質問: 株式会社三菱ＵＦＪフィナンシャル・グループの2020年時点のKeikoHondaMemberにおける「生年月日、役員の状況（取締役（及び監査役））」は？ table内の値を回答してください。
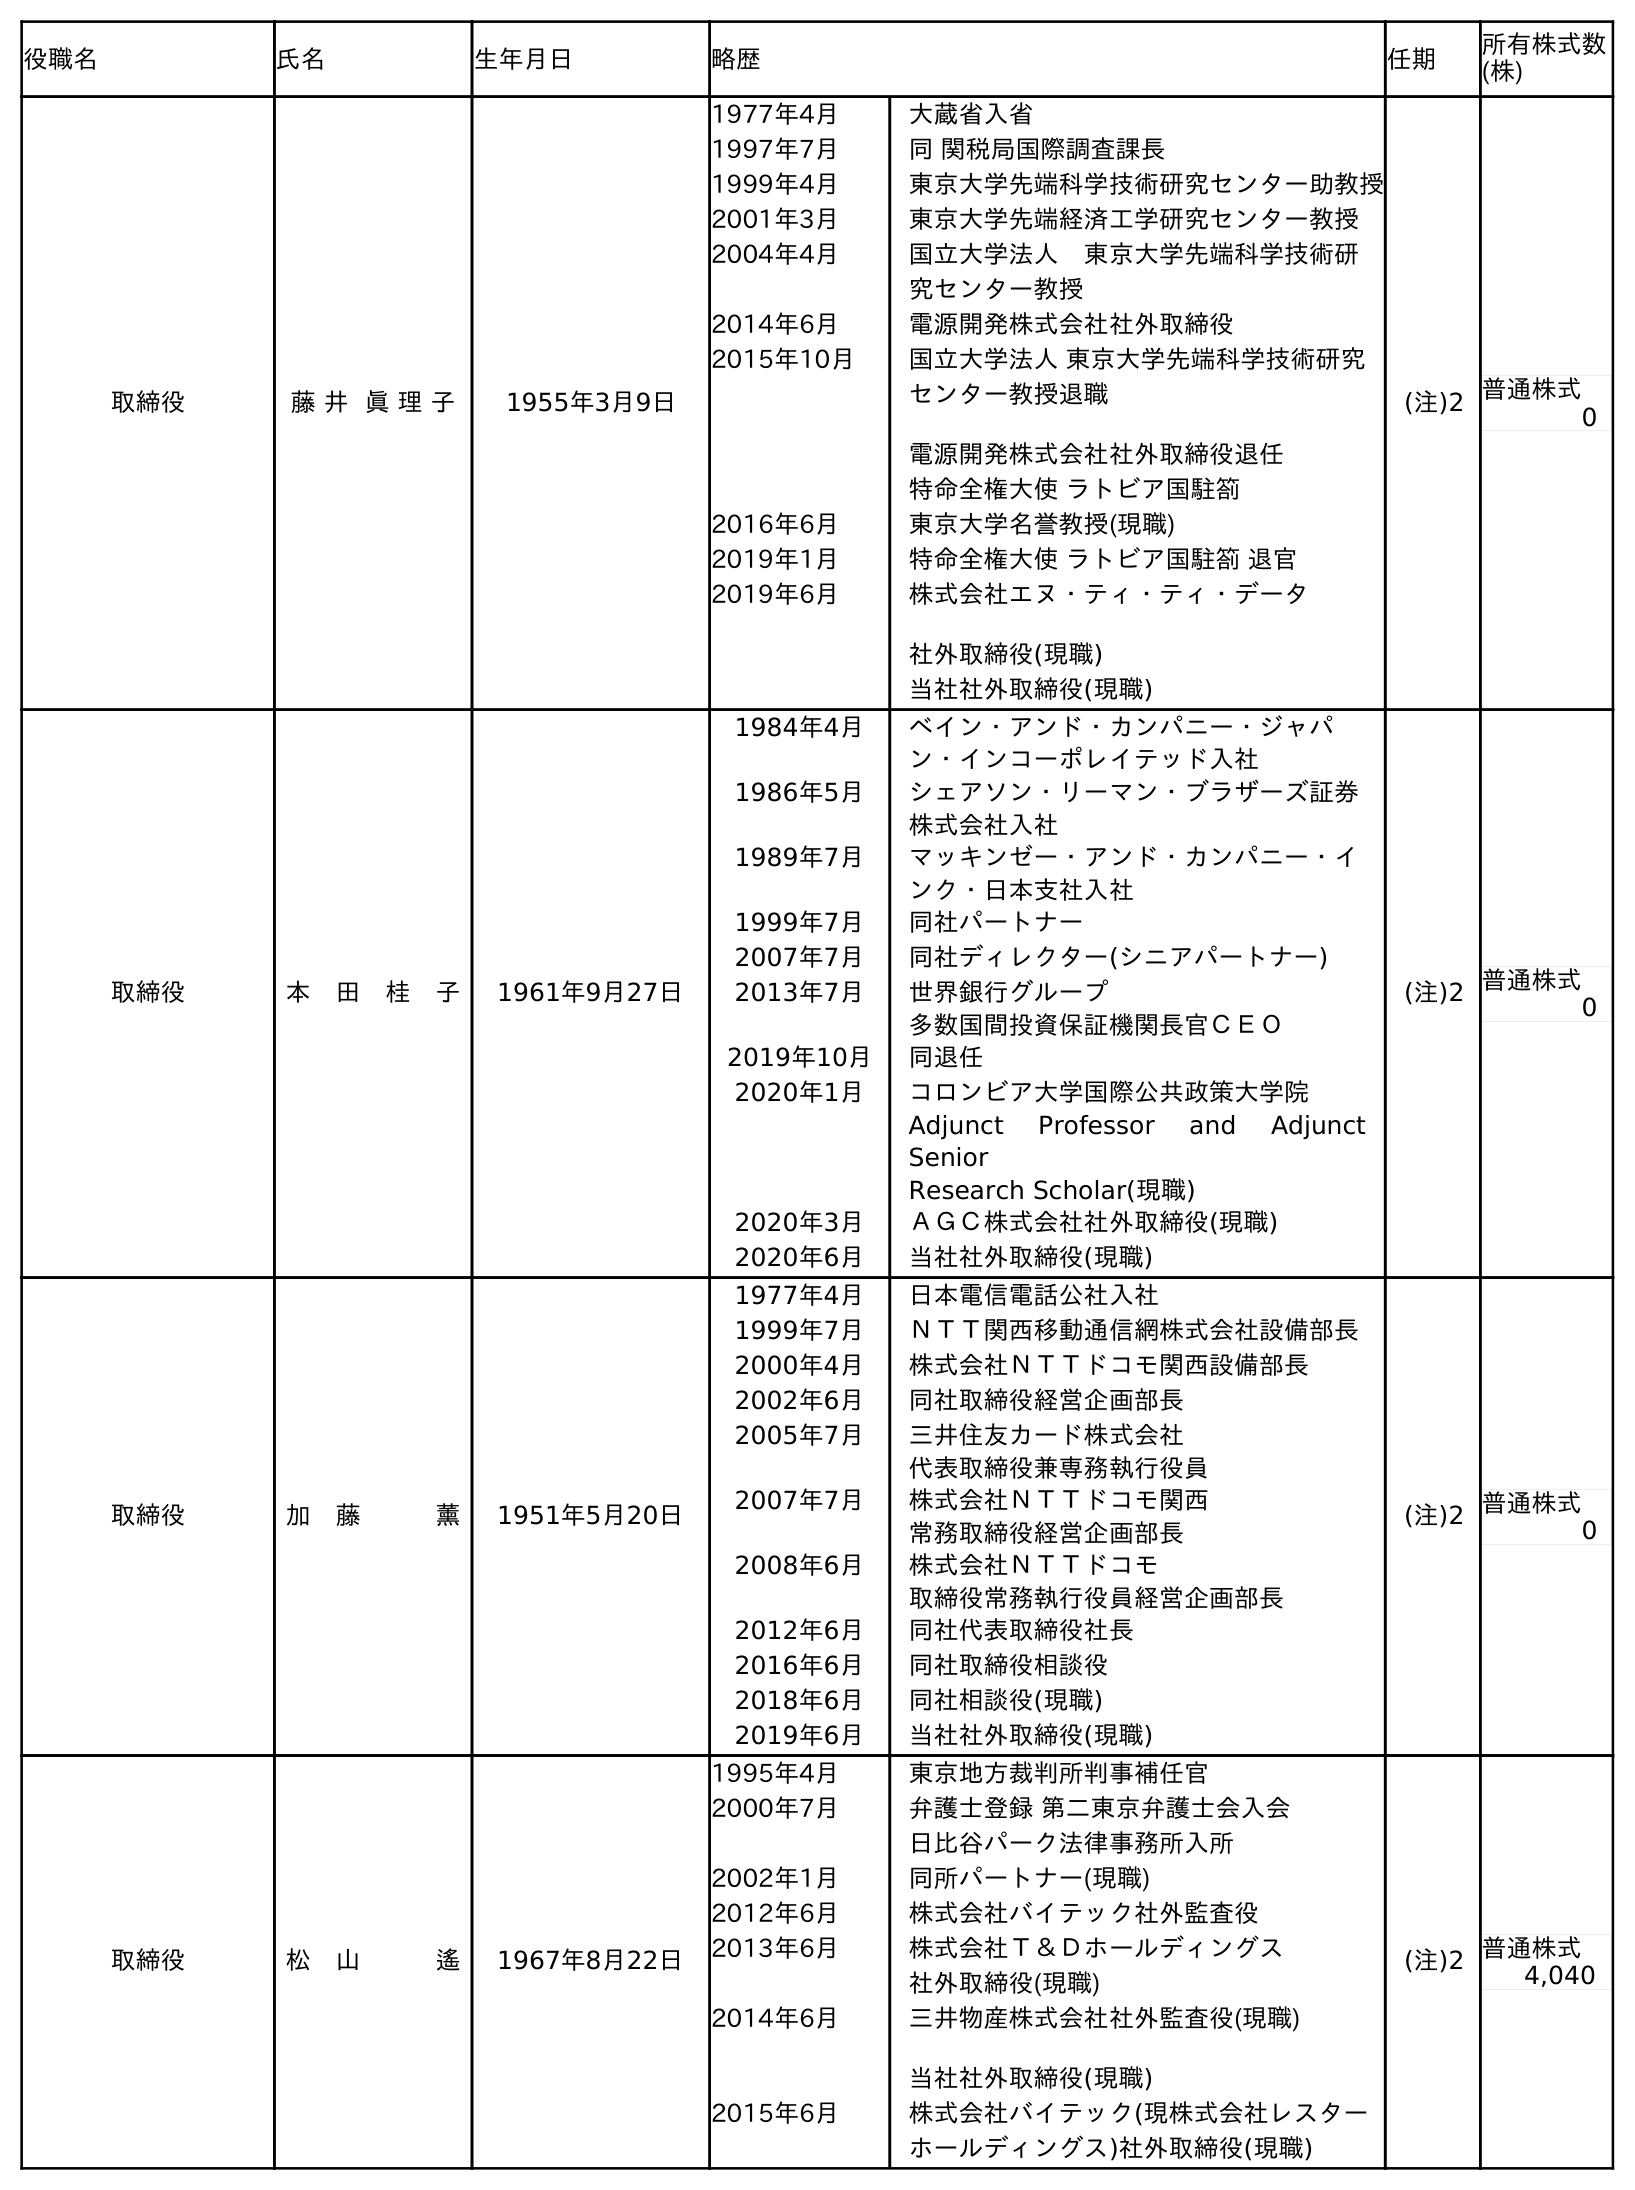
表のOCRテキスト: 役職名 氏名 生年月日 略歴 任期 所有株式数 (株) 取締役 藤 井 眞 理 子 1955年3月9日 1977年4月 大蔵省入省 1997年7月 同 関税局国際調査課長 1999年4月 東京大学先端科学技術研究センター助教授 2001年3月 東京大学先端経済工学研究センター教授 2004年4月 国立大学法人 東京大学先端科学技術研 究センター教授 2014年6月 電源開発株式会社社外取締役 2015年10月 国立大学法人 東京大学先端科学技術研究 センター教授退職 電源開発株式会社社外取締役退任 特命全権大使 ラトビア国駐箚 2016年6月 東京大学名誉教授(現職) 2019年1月 特命全権大使 ラトビア国駐箚 退官 2019年6月 株式会社エヌ・ティ・ティ・データ 社外取締役(現職) 当社社外取締役(現職) (注)2 普通株式 0 取締役 本 田 桂 子 1961年9月27日 1984年4月 ベイン・アンド・カンパニー・ジャパ ン・インコーポレイテッド入社 1986年5月 シェアソン・リーマン・ブラザーズ証券 株式会社入社 1989年7月 マッキンゼー・アンド・カンパニー・イ ンク・日本支社入社 1999年7月 同社パートナー 2007年7月 同社ディレクター(シニアパートナー) 2013年7月 世界銀行グループ 多数国間投資保証機関長官ＣＥＯ 2019年10月 同退任 2020年1月 コロンビア大学国際公共政策大学院 Adjunct Professor and Adjunct Senior Research Scholar(現職) 2020年3月 ＡＧＣ株式会社社外取締役(現職) 2020年6月 当社社外取締役(現職) (注)2 普通株式 0 取締役 加 藤   薰 1951年5月20日 1977年4月 日本電信電話公社入社 1999年7月 ＮＴＴ関西移動通信網株式会社設備部長 2000年4月 株式会社ＮＴＴドコモ関西設備部長 2002年6月 同社取締役経営企画部長 2005年7月 三井住友カード株式会社 代表取締役兼専務執行役員 2007年7月 株式会社ＮＴＴドコモ関西 常務取締役経営企画部長 2008年6月 株式会社ＮＴＴドコモ 取締役常務執行役員経営企画部長 2012年6月 同社代表取締役社長 2016年6月 同社取締役相談役 2018年6月 同社相談役(現職) 2019年6月 当社社外取締役(現職) (注)2 普通株式 0 取締役 松 山   遙 1967年8月22日 1995年4月 東京地方裁判所判事補任官 2000年7月 弁護士登録 第二東京弁護士会入会 日比谷パーク法律事務所入所 2002年1月 同所パートナー(現職) 2012年6月 株式会社バイテック社外監査役 2013年6月 株式会社Ｔ＆Ｄホールディングス 社外取締役(現職) 2014年6月 三井物産株式会社社外監査役(現職) 当社社外取締役(現職) 2015年6月 株式会社バイテック(現株式会社レスター ホールディングス)社外取締役(現職) (注)2 普通株式 4,040
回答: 1961年9月27日